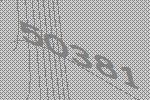
50381